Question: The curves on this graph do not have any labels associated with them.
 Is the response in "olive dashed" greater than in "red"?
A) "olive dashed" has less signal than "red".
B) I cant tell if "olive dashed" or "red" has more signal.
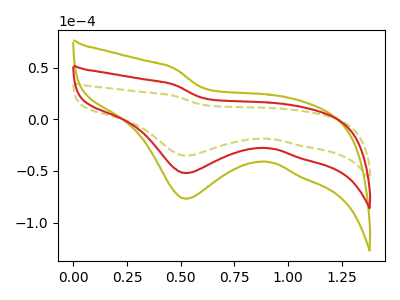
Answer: <think>The olive dashed curve "olive dashed" has a cathodic peak at: (0.50V, -35.30uA). The olive curve "olive" has a cathodic peak at: (0.50V, -104.20uA). The red curve "red" has a cathodic peak at: (0.50V, -52.10uA).
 All the peaks in "olive dashed" have a peak in "red" at the same potential. Every peak in "olive dashed" is lower than every peak in "red".</think>
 <answer>A) "olive dashed" has less signal than "red".</answer>
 <eval>A</eval>